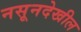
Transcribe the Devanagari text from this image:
नसूनदेखील